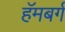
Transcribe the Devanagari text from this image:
हॅमबर्ग